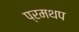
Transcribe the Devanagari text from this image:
प्रमथप